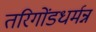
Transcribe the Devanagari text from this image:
तरिगोंडधर्मन्न